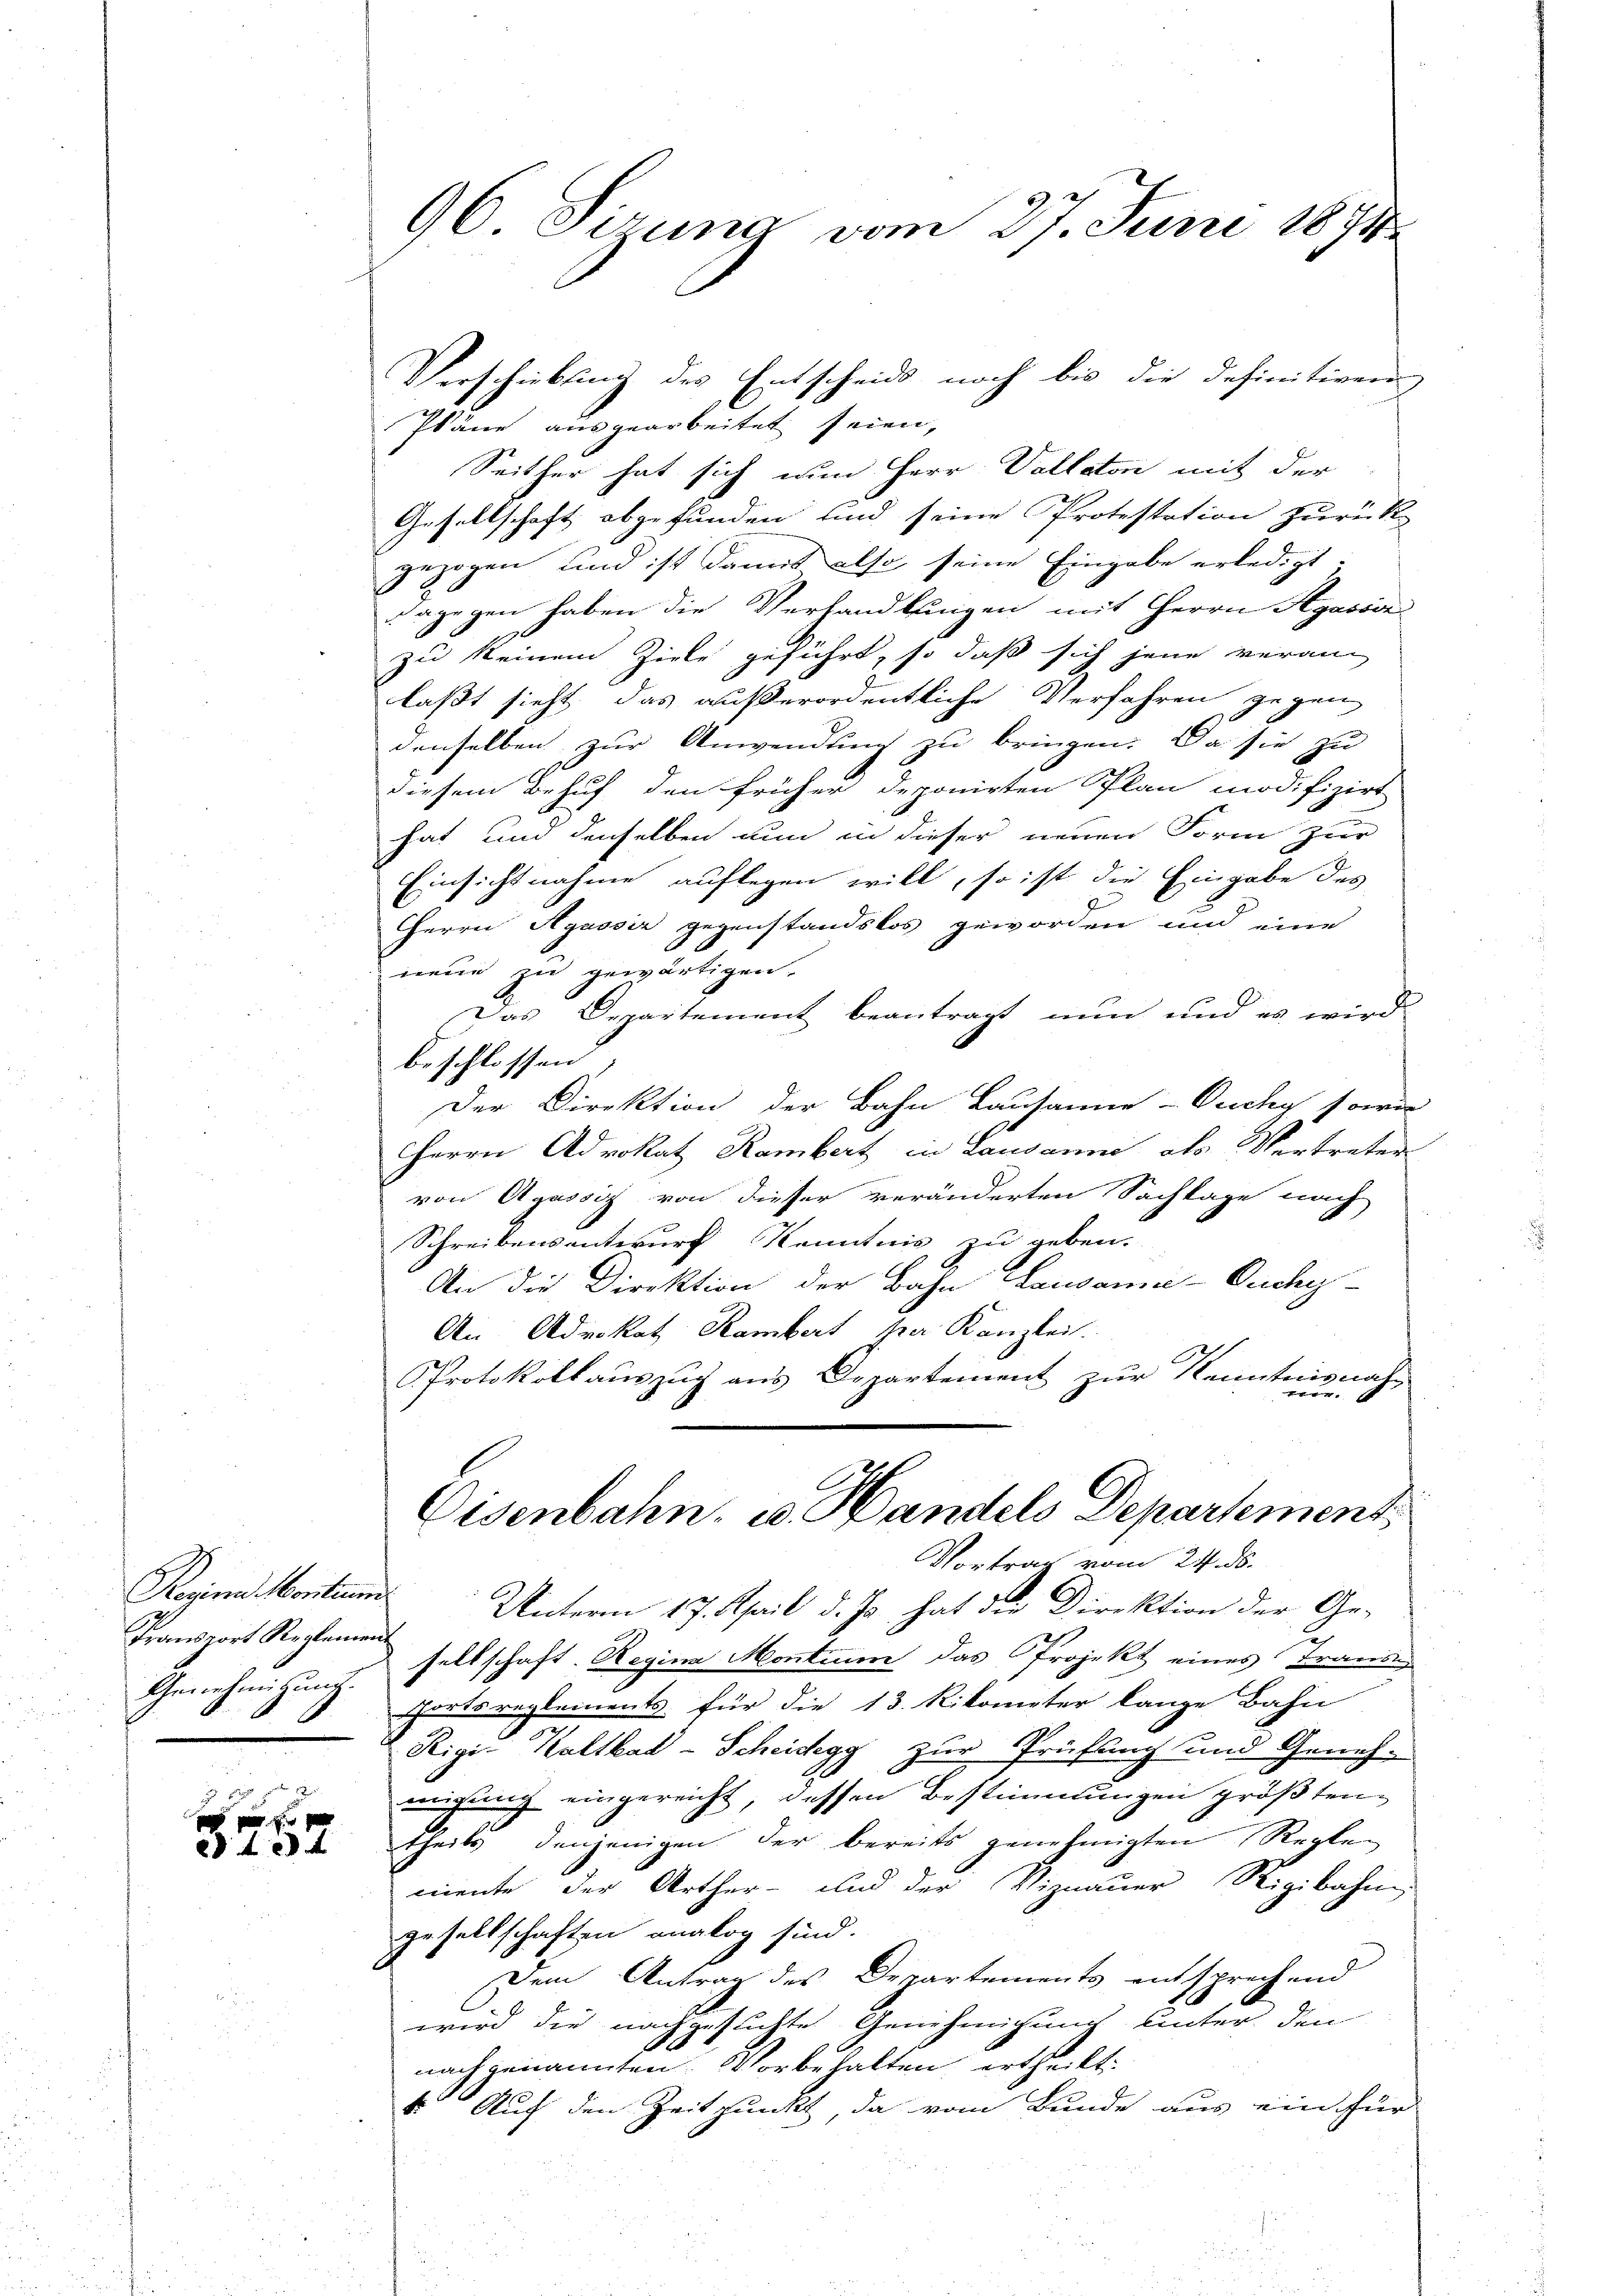
Reginn Montum
Transport Reglement
Genehmigung.

170 f

 4 x 2

96. Siruna vom 27. Juni 1891

Pläne ausgearbeitet seien,
Seither hat sich nun Herr Vallaton mit der
Gesellschaft abgefunden und seine Protestation zurück-
gezogen und ist damit also seine Eingabe erledigt.
dagegen haben die Verhandlungen mit Herrn Spasions
zu keinem Ziele geführt, so daß sich jene veran
laßt sieht, das außerordentliche Verfahren gegen
denselben zur Anwendung zu bringen. Da sie zu
diesem Behuf den früher deponirten Plan modifizirt
hat und denselben nun in dieser neuen Form zur
Einsichtnahme auflegen will, so ist die Eingabe des
Herrn Agassiz gegenstandslos geworden und eine
neue zu gewärtigen.
Das Departement beantragt nun und es wird
beschlossen
Der Direktion der Bahn Lausanne - Ouchy sowie
Herrn Advokat Rambert in Lausanne als Vertreter
von Agassiz von dieser veränderten Sachlage nach
Schreibensentwurf Kenntnis zu geben.
An die Direktion der Bahn Laudame-Ouchy-
An Advokat Rambert per Kanzlei.
Protokollauszug aus Departement zur Kenntnisnah-
.
Eisenbahn, u. Handels Departement
Vortrag vom 24. ds.
Unterm 17. April d. Js. hat die Direktion der Gesellschaft. Regina Montium das Projekt eines Transe
Fortsreglements für die 13. Nikometer lange Bahn
Rigi-Kaltbad-Scheidegg zur Prüfung und Genehigung eingereicht, dessen Bestimmungen größten,
theils denjenigen der bereits genehmigten Regle
mente der Arther- und der Viznauer Rigibahn.
gesellschaften analog sind.
Dem Antrag des Departements entsprechend
wird die nachgesuchte Genehmigung unter den
nach genannten Vorbehalten ertheilt.
4. Auch den Zeitpunkt, da vom Bunde aus ein für

Verschiebung des Entscheids noch bis die definitiven